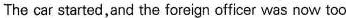
The car started, and the foreign officer was now too